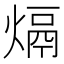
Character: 𤌦